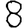
Digit: 8